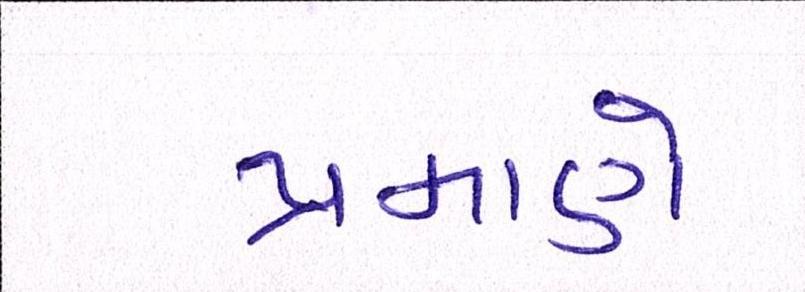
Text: પ્રમાણે